Annual vaccination report of Bihar and Orissa - 1911-1928
Year: 1911
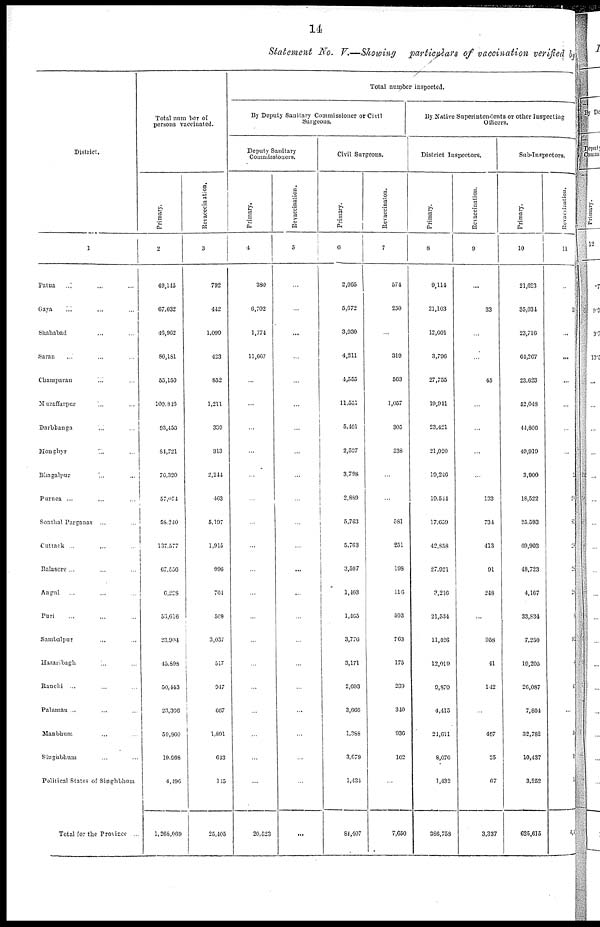
14
Statement No. V.—Showing particulars of vaccination verified
District.
1
Patna ... ... ...
Gaya ... ... ...
Shahabad ... ...
Saran ... ... ...
Champaran
... ...
Muzaffarpur ... ...
Darbhanga ... ...
Monghyr
... ...
Bhagalpur ... ...
Purnea ... ... ...
Sonthal Parganas ... ...
Cuttack ... ... ...
Balasore ... ... ...
Angul ... ... ...
Puri ... ... ...
Sambalpur ... ...
Hazaribagh ... ...
Ranchi ... ... ...
Palamau ... ... ...
Manbhum ... ...
Singhbhum ... ...
Political States of Singhbhum
Total for the Province ...
Total number of
persons vaccinated.
Primary.
2
49,145
67,032
46,962
86,181
55,150
100,846
93,456
84,721
76,320
57,074
58,240
137,577
67,556
6,228
53,616
23,994
45,898
50,443
23,366
59,860
10,998
4,196
1,268,069
Revacccination.
3
792
442
1,099
423
852
1,211
339
313
2,244
463
5,197
1,915
996
761
508
3,037
517
947
667
1,891
643
145
25,405
Total number inspected.
By Deputy Sanitary Commissioner or Civil
Surgeons.
Deputy Sanitary
Commissioners.
Primary.
4
380
6,702
1,774
11,667
...
...
...
...
...
...
...
...
...
...
...
...
...
...
...
...
...
...
20,523
Revaccination.
5
...
...
...
...
...
...
...
...
...
...
...
...
...
...
...
...
...
...
...
...
...
...
...
Civil Surgeons.
Primary.
6
2,065
5,672
3,930
4,211
4,555
11,551
5,401
2,537
3,798
2,889
5,763
5,763
3,597
1,403
1,465
3,776
3,171
2,693
3,660
1,388
3,679
1,434
84,407
Revaccinaton.
7
574
250
...
319
563
1,057
305
238
...
...
581
251
198
116
503
763
175
239
340
936
162
...
7,650
By Native Superintendents or other Inspecting
Officers.
District Inspectors.
Primary.
8
9,114
21,103
12,601
3,796
27,755
19,941
23,421
21,020
19,246
19,544
17,659
42,858
27,921
3,216
21,534
11,426
12,919
9,870
4,415
24,611
8,076
1,432
386,758
Revaccination.
9
...
33
...
...
45
...
...
...
...
133
734
413
91
248
...
958
41
142
...
407
25
67
3,337
Sub-Inspectors.
Primary.
10
21,623
35,034
23,716
64,267
23,623
52,043
44,806
49,919
3,900
18,522
25,593
69,903
48,723
4,167
33,834
7,250
19,205
26,087
7,804
32,782
10,487
3,252
625,615
Revaccination.
11
...
...
...
...
...
...
...
...
2
2
89
29
2
2
1
91
1
4
...
5
1
1
4, 1